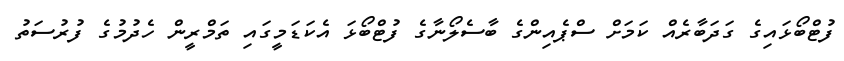
ފުޓްބޯޅައިގެ ގަދަބާރެއް ކަމަށް ސްޕެއިންގެ ބާސެލޯނާގެ ފުޓްބޯޅަ އެކަޑަމީގައި ތަމްރީން ހެދުމުގެ ފުރުސަތު